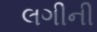
લગીની